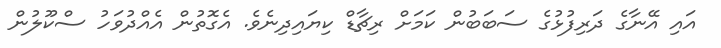
އައި އޭނާގެ ދަރިފުޅުގެ ސަބަބުން ކަމަށް ރިޗާޑް ކިޔައިދިނެވެ. އެގޮތުން އެއްދުވަހު ސްކޫލުން